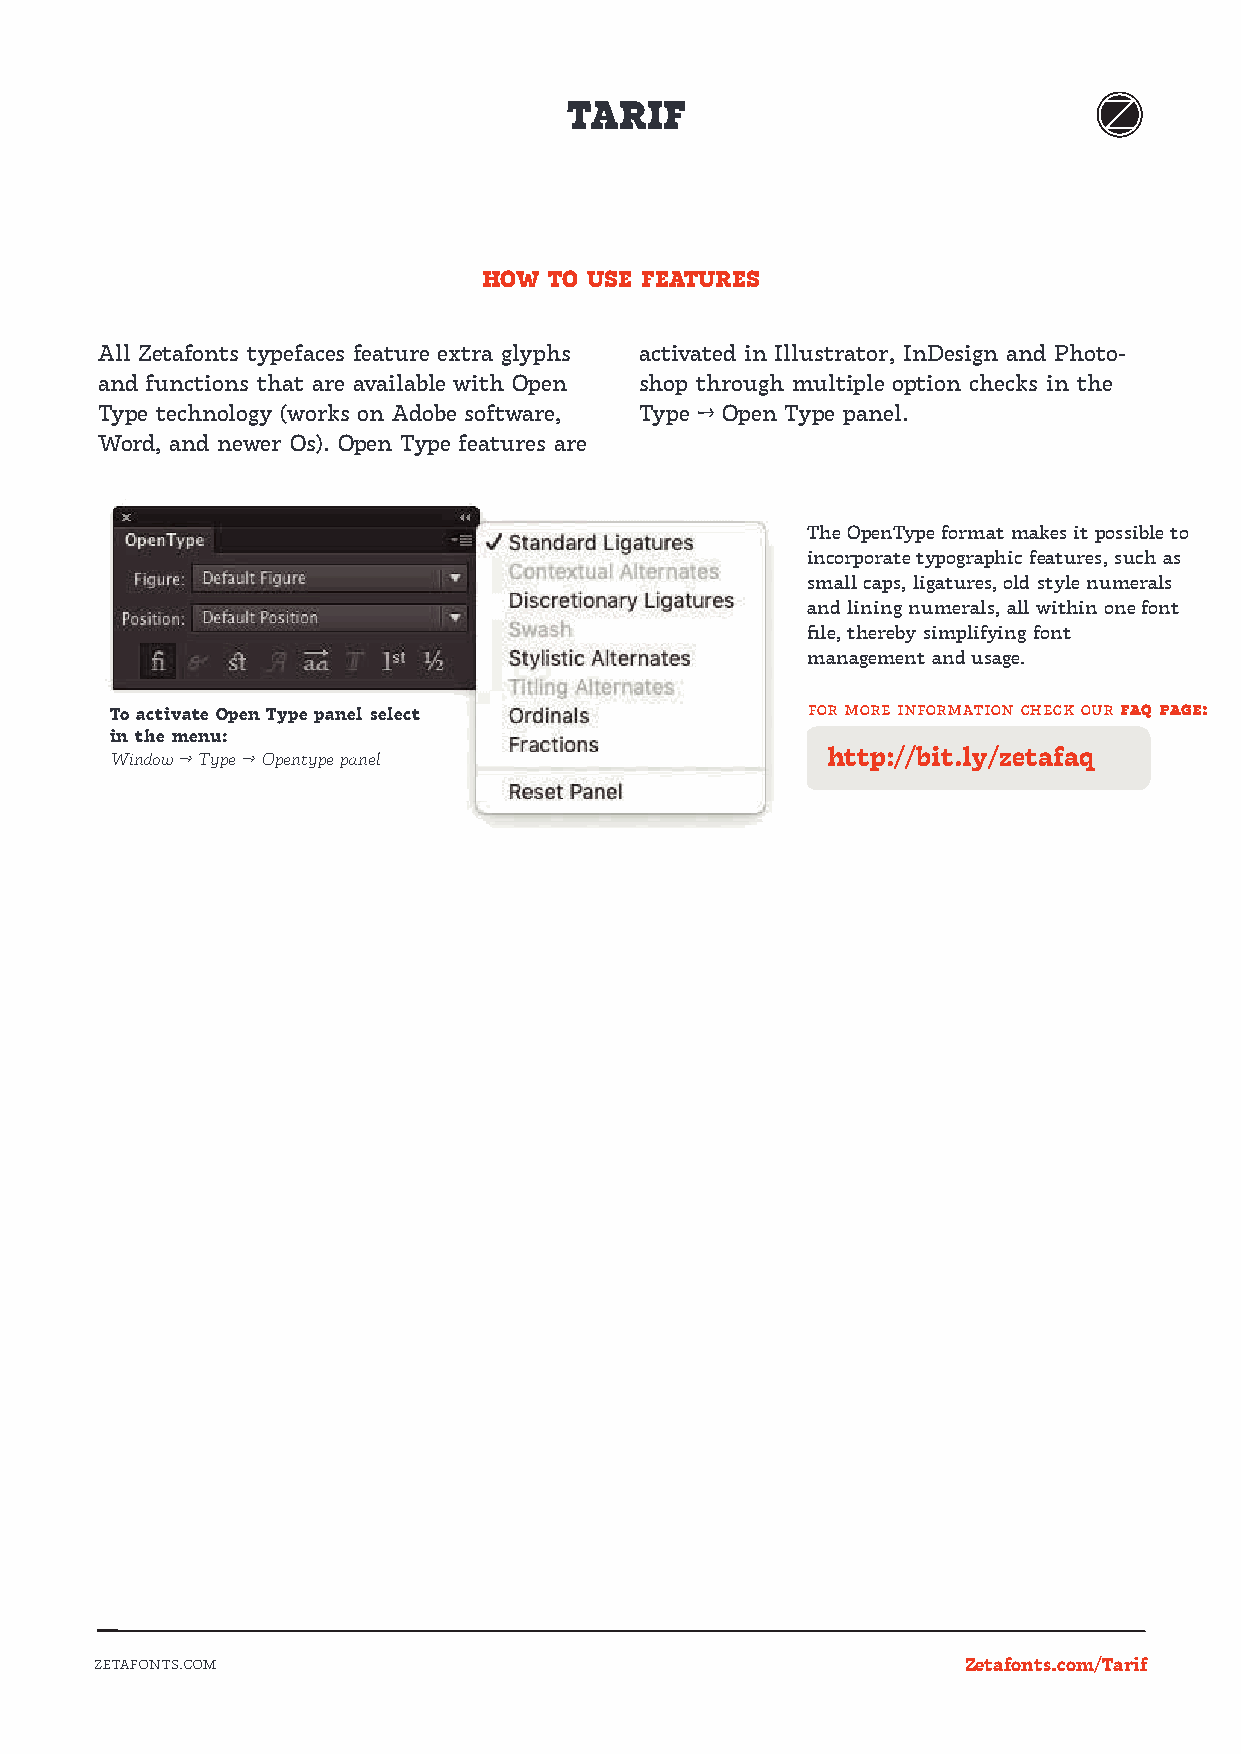
TARIF
 HOW TO USE FEATURES
 All Zetafonts typefaces feature extra glyphs activated in Illustrator, InDesign and Photo-
 and functions that are available with Open shop through multiple option checks in the
 Type technology (works on Adobe software, Type → Open Type panel.
 Word, and newer Os). Open Type features are
 The OpenType format makes it possible to
 incorporate typographic features, such as
 small caps, ligatures, old style numerals
 and lining numerals, all within one font
 file, thereby simplifying font
 management and usage.
 To activate Open Type panel select            for more information check our faq page:
 in the menu:
 Window → Type → Opentype panel                  http://bit.ly/zetafaq
 ZETAFONTS.COM                                             Zetafonts.com/Tarif